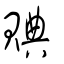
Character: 賟